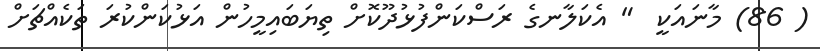
( 86) މާނައަކީ  " އެކަލާނގެ ރަސްކަންފުޅުދޫކޮށް ތިޔަބައިމީހުން އަޅުކަންކުރަ ތަކެއްޗަށް